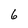
Character: 6